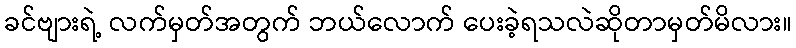
ခင်ဗျားရဲ့ လက်မှတ်အတွက် ဘယ်လောက် ပေးခဲ့ရသလဲဆိုတာမှတ်မိလား။